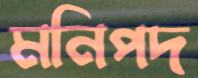
মনিপদ